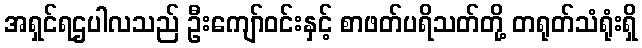
အရှင်ရဌပါလသည် ဦးကျော်ဝင်းနှင့် စာဖတ်ပရိသတ်တို့ တရုတ်သံရုံးရှိ